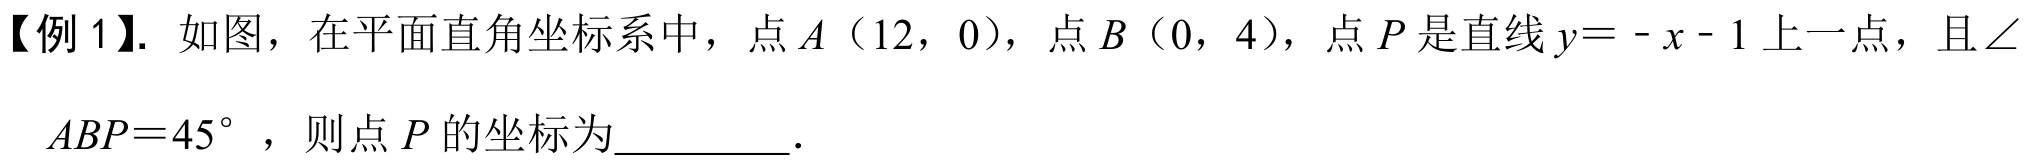
【例 1】. 如图，在平面直角坐标系中，点$A$（$12$，$0$），点$B$（$0$，$4$），点$P$是直线$y = - x - 1$上一点，且$\angle
$ABP = 45^{\circ}$，则点$P$的坐标为_________．